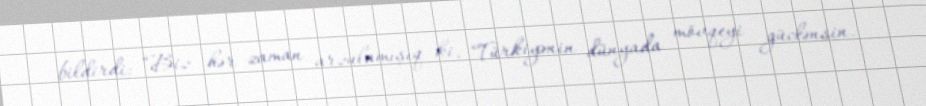
bildirdi: “Biz hər zaman arzulamışıq ki, Türkiyənin dünyada mövqeyi güclənsin.